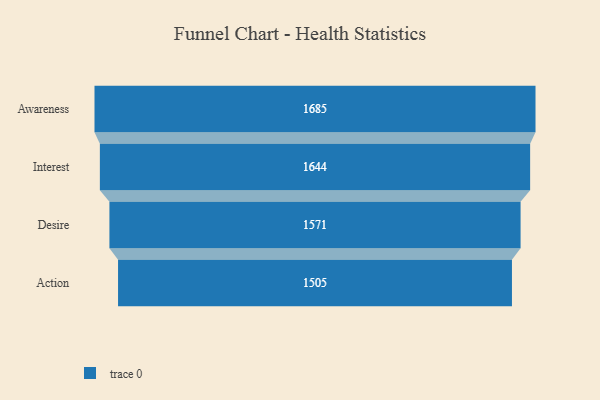
{"axis": {"x": "Stage", "y": "Value"}, "legend": [""], "data": [{"x": "Awareness", "y": 1685.0, "type": ""}, {"x": "Interest", "y": 1644.0, "type": ""}, {"x": "Desire", "y": 1571.0, "type": ""}, {"x": "Action", "y": 1505.0, "type": ""}]}